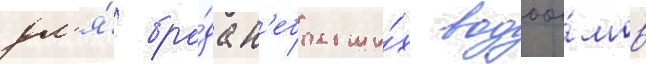
дл'я́ бро́да н'ебольши́х водоо́мов